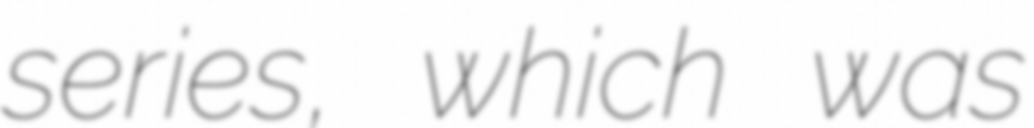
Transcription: series, which was